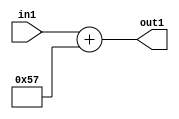
`timescale 1ps / 1ps
/*****************************************************************************
    Verilog RTL Description
    
    
    Created by: Stratus DpOpt 2019.1.01 
*******************************************************************************/

module DC_Filter_Add_12U_201_1 (
	in1,
	out1
	); /* architecture "behavioural" */ 
input [11:0] in1;
output [11:0] out1;
wire [11:0] asc001;

assign asc001 = 
	+(in1)
	+(12'B000001010111);

assign out1 = asc001;
endmodule

/* CADENCE  urnxQwA= : u9/ySgnWtBlWxVPRXgAZ4Og= ** DO NOT EDIT THIS LINE ******/